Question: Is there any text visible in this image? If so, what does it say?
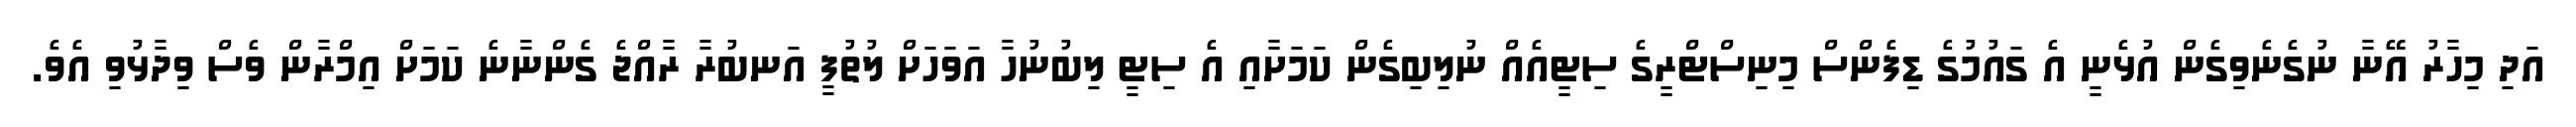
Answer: އަދި މިހާރު އޭނާ ނުގެނެވިގެން އުޅެނީ އެ ގައުމުގެ ޑިފެންސް މިނިސްޓްރީގެ ސިޓީއެއް ނުލިބިގެން ކަމަށާއި އެ ސިޓީ ލިބުނުހާ އަވަހަށް ލުތުފީ އަނބުރާ ރާއްޖެ ގެންނާނެ ކަމަށް އިމްރާން ވެސް ވިދާޅުވި އެވެ.